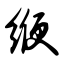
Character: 缏